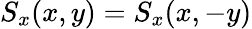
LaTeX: S_{x}(x,y)=S_{x}(x,-y)